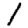
Digit: 1